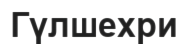
Гүлшехри